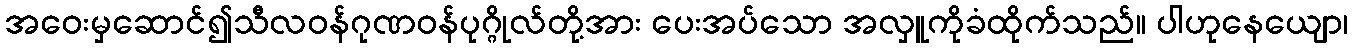
အဝေးမှဆောင်၍သီလဝန်ဂုဏဝန်ပုဂ္ဂိုလ်တို့အား ပေးအပ်သော အလှူကိုခံထိုက်သည်။ ပါဟုနေယျော၊